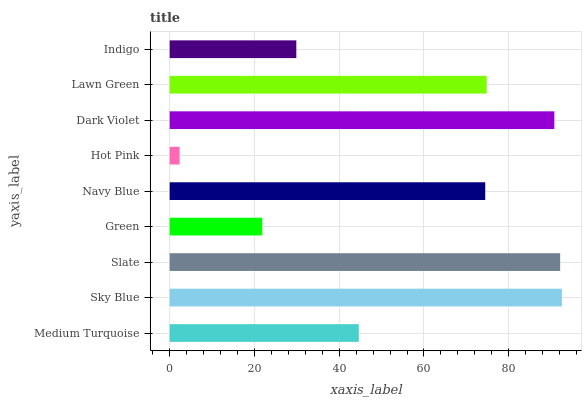
| yaxis_label | bars |
 | --- | --- |
 | Medium Turquoise | 44.6 |
 | Sky Blue | 92.5 |
 | Slate | 92.1 |
 | Green | 21.8 |
 | Navy Blue | 74.5 |
 | Hot Pink | 2.34 |
 | Dark Violet | 90.8 |
 | Lawn Green | 74.8 |
 | Indigo | 29.9 |